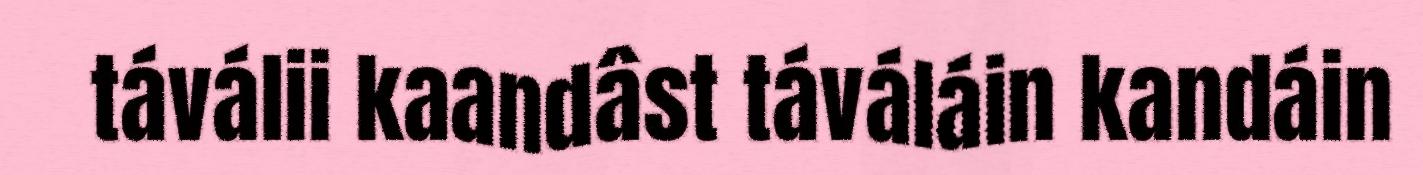
táválii kaandâst táváláin kandáin